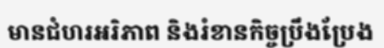
មានជំហរអរិភាព និងរំខានកិច្ចប្រឹងប្រែង